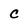
Character: C